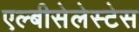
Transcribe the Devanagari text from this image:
एल्बीसेलेस्टेस